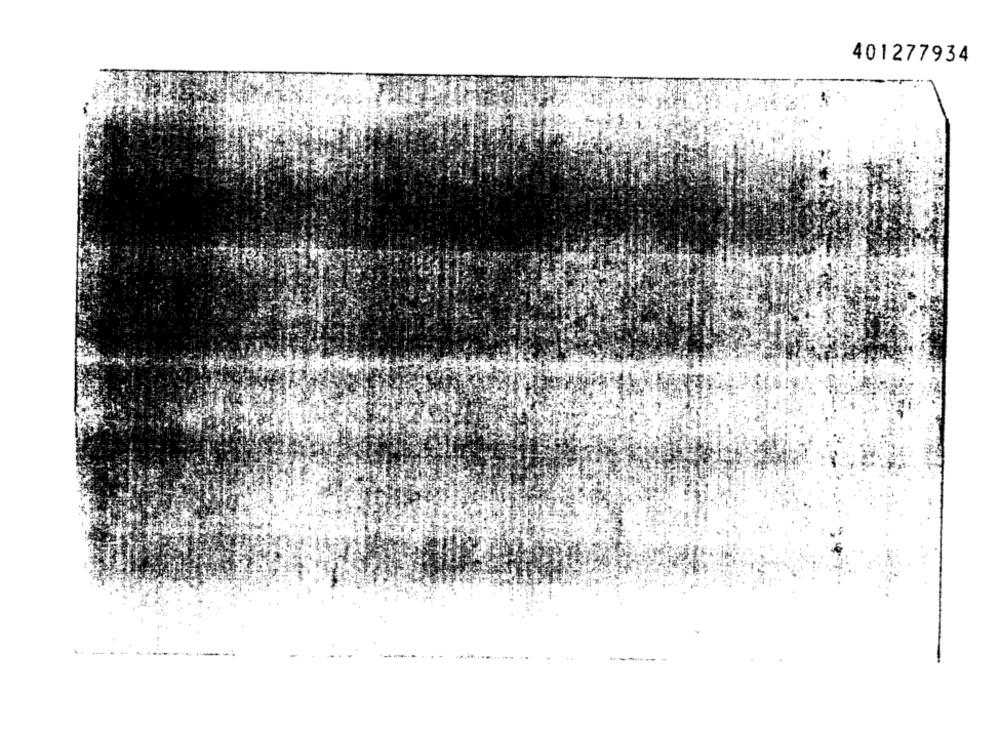
401277934